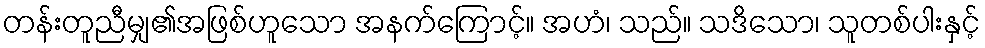
တန်းတူညီမျှ၏အဖြစ်ဟူသော အနက်ကြောင့်။ အဟံ၊ သည်။ သဒိသော၊ သူတစ်ပါးနှင့်